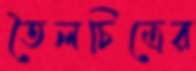
তৈলচিত্রের